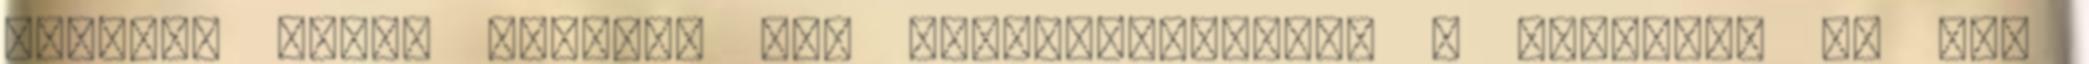
keljen. Aztán nyomtam egy CTRL-ALT-DEL-t. – Figyelsz te rám